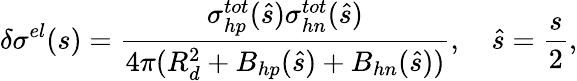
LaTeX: \delta\sigma^{el}(s)=\frac{\sigma_{hp}^{tot}(\hat{s})\sigma_{hn}^{tot}(\hat{s})}{4\pi(R_{d}^{2}+B_{hp}(\hat{s})+B_{hn}(\hat{s}))},\quad\hat{s}=\frac{s}{2},